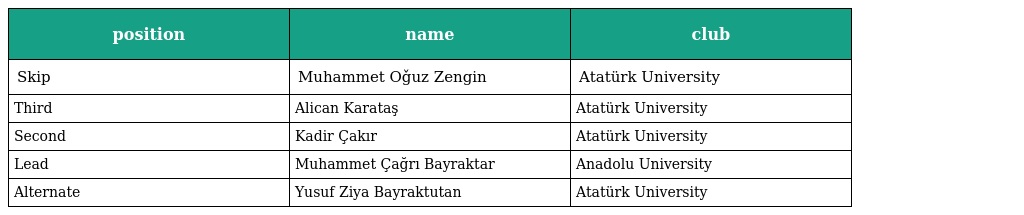
| position | name | club |
 | --- | --- | --- |
 | Skip | Muhammet Oǧuz Zengin | Atatürk University |
 | Third | Alican Karataş | Atatürk University |
 | Second | Kadir Çakır | Atatürk University |
 | Lead | Muhammet Çağrı Bayraktar | Anadolu University |
 | Alternate | Yusuf Ziya Bayraktutan | Atatürk University |